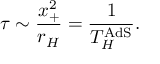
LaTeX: \tau \sim \frac { x _ { + } ^ { 2 } } { r _ { H } } = \frac { 1 } { T _ { H } ^ { \mathrm { A d S } } } .